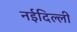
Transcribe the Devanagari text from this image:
नईदिल्ली